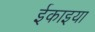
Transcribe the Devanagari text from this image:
ईकाइया